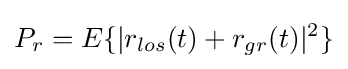
P_{r}=E\{|r_{los}(t)+r_{gr}(t)|^{2}\}